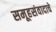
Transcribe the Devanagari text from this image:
समूहसंवादाचे